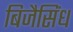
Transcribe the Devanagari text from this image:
बिजैसिंध